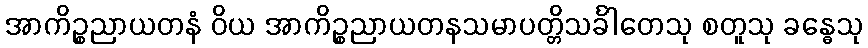
အာကိဉ္စညာယတနံ ဝိယ အာကိဉ္စညာယတနသမာပတ္တိသင်္ခါတေသု စတူသု ခန္ဓေသု